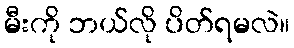
မီးကို ဘယ်လို ပိတ်ရမလဲ။